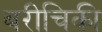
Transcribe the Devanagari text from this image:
बरीचिकी